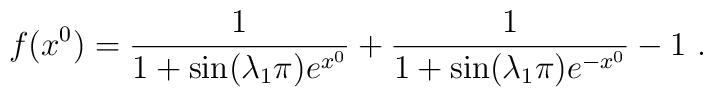
f(x^0)=\frac{1}{1+ \sin (\lambda_1 \pi) e^{x^0}} +\frac{1}{1+ \sin (\lambda_1 \pi) e^{-x^0}} -1~.